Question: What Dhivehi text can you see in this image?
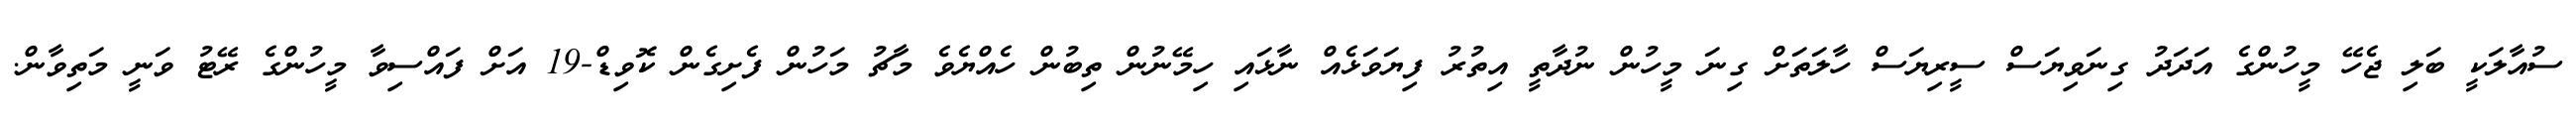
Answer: ސުއާލަކީ ބަލި ޖެހޭ މީހުންގެ އަދަދު ގިނަވިޔަސް ސީރިޔަސް ހާލަތަށް ގިނަ މީހުން ނުދާތީ އިތުރު ފިޔަވަޅެއް ނާޅައި ހިމޭނުން ތިބުން ހެއްޔެވެ މާޗު މަހުން ފެށިގެން ކޮވިޑް-19 އަށް ފައްސިވާ މީހުންގެ ރޭޓު ވަނީ މަތިވާން.